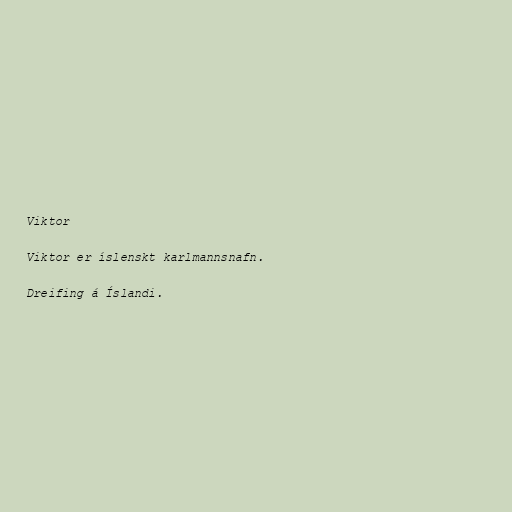
Viktor

Viktor er íslenskt karlmannsnafn.

Dreifing á Íslandi.